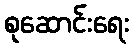
စုဆောင်းရေး